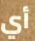
أي